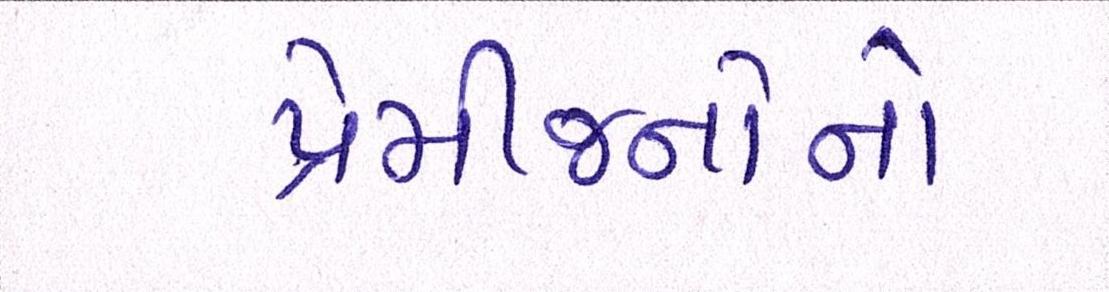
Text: પ્રેમીજનોનો